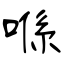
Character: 喺